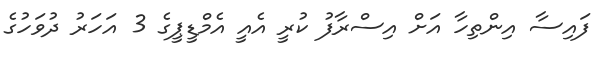
ފައިސާ އިންތިހާ އަށް އިސްރާފު ކުރީ އެއީ އެމްޑީޕީގެ 3 އަހަރު ދުވަހުގެ